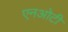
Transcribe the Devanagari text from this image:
एनओटी